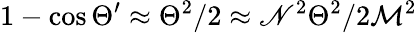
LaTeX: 1-\cos\Theta^{\prime}\approx\Theta^{2}/2\approx\mathscr{N}^{2}\Theta^{2}/2\mathcal{{M}}^{2}